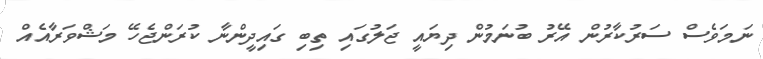
ނަމަވެސް ސަރުކާރުން އޭރު ބުނަމުން ދިޔައީ ޖަލުގައި ތިބި ގައިދީންނާ ކުރަންޖެހޭ މަޝްވަރާއެއް